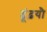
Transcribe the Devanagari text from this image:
ढूंढ़यौ